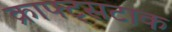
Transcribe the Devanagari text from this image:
क्राफ्ट्सटाक